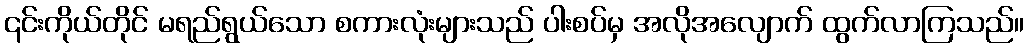
၎င်းကိုယ်တိုင် မရည်ရွယ်သော စကားလုံးများသည် ပါးစပ်မှ အလိုအလျောက် ထွက်လာကြသည်။